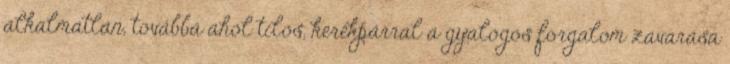
alkalmatlan, továbbá ahol tilos, kerékpárral a gyalogos forgalom zavarása